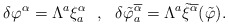
\begin{align*}\delta \varphi^\alpha = \Lambda^a \xi^\alpha_a \ \ , \ \ \delta\tilde{\varphi}^{\overline{\alpha}}_a =\Lambda^a\tilde{\xi}^{\overline{\alpha}} (\tilde{\varphi}) .\end{align*}